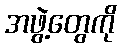
အဖွဲ့တွေကို